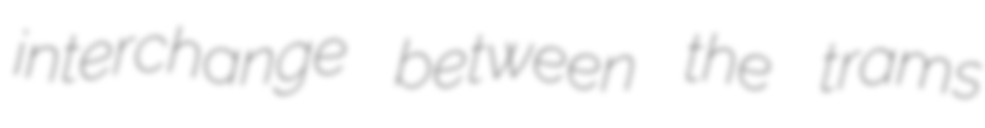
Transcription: interchange between the trams